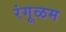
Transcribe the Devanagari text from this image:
रंगूळम